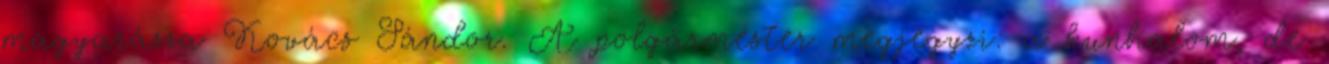
magyarázza Kovács Sándor. A polgármester megjegyzi: a kunhalom, de